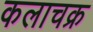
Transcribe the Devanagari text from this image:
कलाचक्र